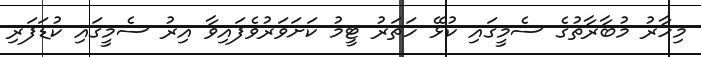
މިހާރު މުބާރާތުގެ ސެމީގައި ކުޅޭ ހަތަރު ޓީމު ކަށަވަރުވެފައިވާ އިރު ސެމީގައި ކުޑަފަރި